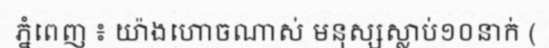
ភ្នំពេញ ៖ យ៉ាងហោចណាស់ មនុស្សស្លាប់១០នាក់ (